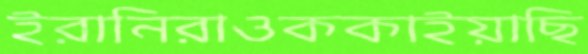
ইরানিরাওককাইয়াছি